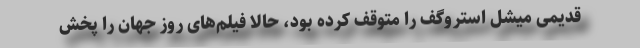
قدیمی میشل استروگف را متوقف کرده بود، حالا فیلم‌های روز جهان را پخش